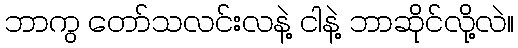
ဘာကွ တော်သလင်းလနဲ့ ငါနဲ့ ဘာဆိုင်လို့လဲ။